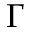
\Gamma